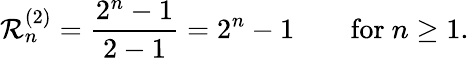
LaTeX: \mathcal{R}_{n}^{(2)}={\frac{{2^{n}-1}}{{2-1}}}={2^{n}-1}\qquad{\mathrm{{for~}}}n\geq1.